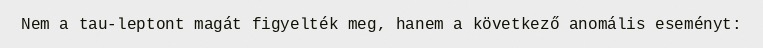
Nem a tau-leptont magát figyelték meg, hanem a következő anomális eseményt: